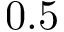
0 . 5